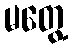
မတွေ့